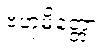
ဗဟုမိတ္တော